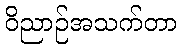
ဝိညာဉ်အသက်တာ